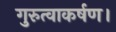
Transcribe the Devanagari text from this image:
गुरुत्वाकर्षण।